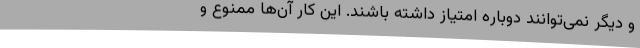
و دیگر نمی‌توانند دوباره امتیاز داشته باشند. این کار آن‌ها ممنوع و